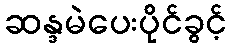
ဆန္ဒမဲပေးပိုင်ခွင့်